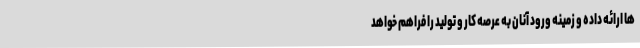
ها ارائه داده و زمینه ورود آنان به عرصه کار و تولید را فراهم خواهد